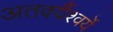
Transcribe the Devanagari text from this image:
अतर्क्यैश्वर्ये